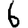
Digit: 6